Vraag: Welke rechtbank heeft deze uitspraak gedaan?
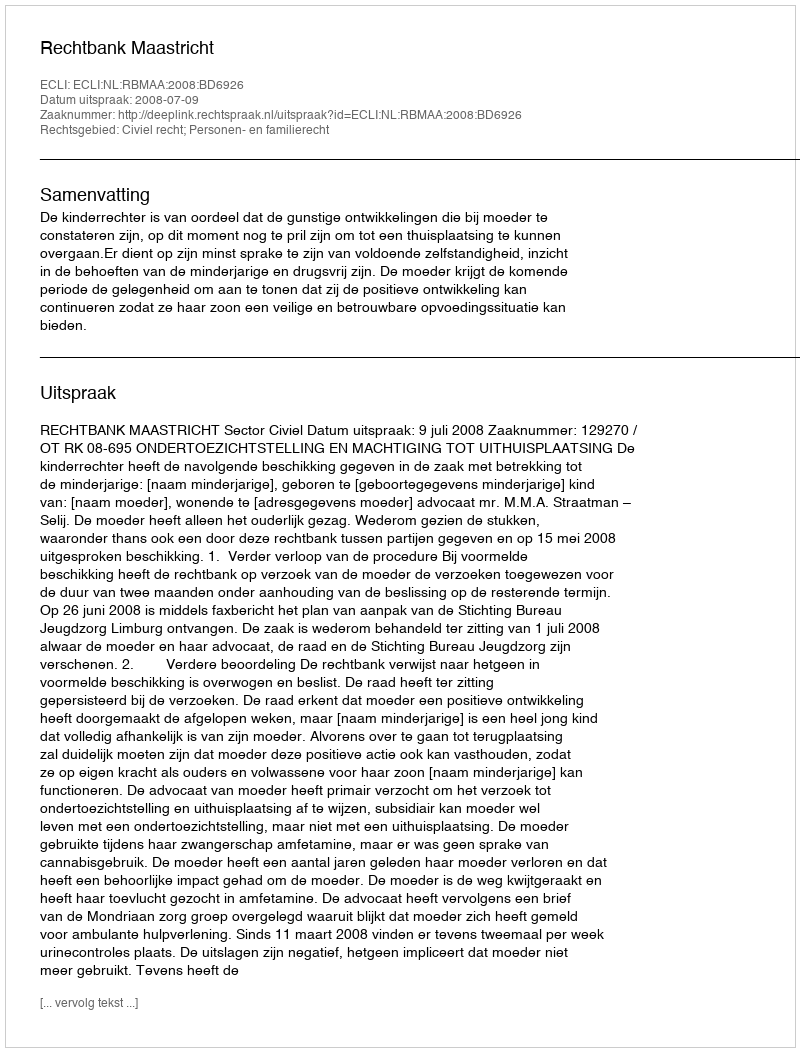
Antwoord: Rechtbank Maastricht